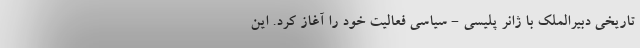
تاریخی دبیرالملک با ژانر پلیسی - سیاسی فعالیت خود را آغاز کرد. این